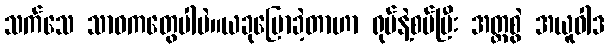
သက်သေ သာဓကတွေပါပဲ။ယခုပြောခဲ့တာဟာ ရုပ်နဲ့စပ်ပြီး အတ္တစွဲ အယူဝါဒ